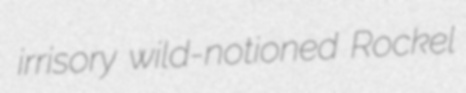
irrisory wild-notioned Rockel